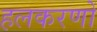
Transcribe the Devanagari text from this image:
हलकरणों